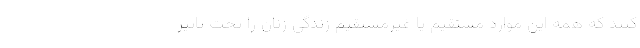
‌کنند که همه این موارد مستقیم یا غیرمستقیم زندگی زنان را تحت تاثیر